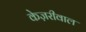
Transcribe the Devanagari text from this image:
केज़रीवाल